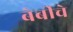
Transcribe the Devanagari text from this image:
बेबीचे